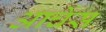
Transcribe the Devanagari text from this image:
आर्चेस